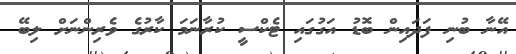
އޭނާ ބުނި ފަދައިން ބޮޑު އަގުގައި ޓެކްސީ ކުރާނަމަ ކާރުގެ ވެރިންނަށް ލިބޭ